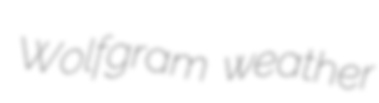
Wolfgram weather